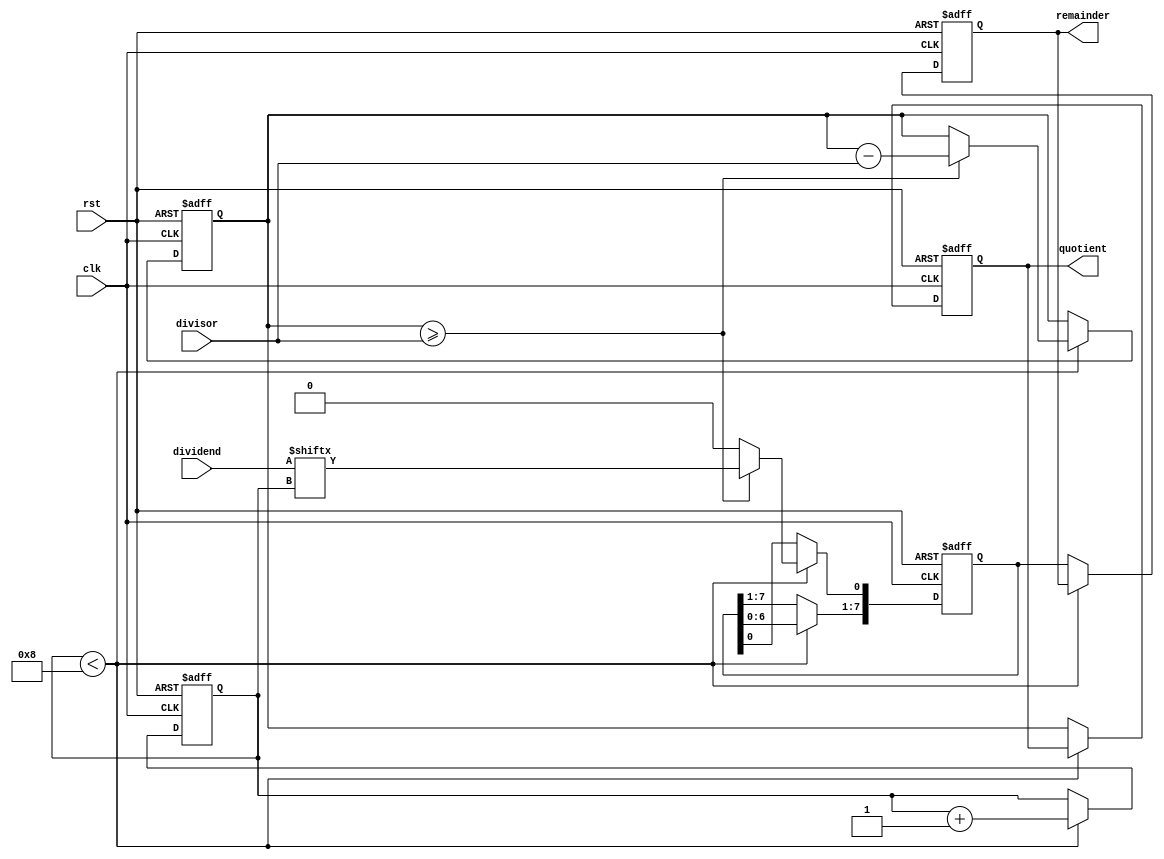
module Restoring_Divider(
    input clk,
    input rst,
    input [15:0] dividend,
    input [7:0] divisor,
    output reg [15:0] quotient,
    output reg [7:0] remainder
);

reg [15:0] temp_dividend;
reg [7:0] temp_remainder;
reg [3:0] count;

always @(posedge clk or posedge rst) begin
    if (rst) begin
        quotient <= 16'b0;
        remainder <= 8'b0;
        temp_dividend <= 16'b0;
        temp_remainder <= 8'b0;
        count <= 4'b0;
    end else begin
        if (count < 8) begin
            if (temp_dividend >= divisor) begin
                temp_dividend <= temp_dividend - divisor;
                temp_remainder <= temp_remainder << 1;
                temp_remainder[0] <= dividend[count];
            end else begin
                temp_remainder <= temp_remainder << 1;
            end
            count <= count + 1;
        end else begin
            quotient <= temp_dividend;
            remainder <= temp_remainder;
        end
    end
end

endmodule